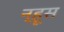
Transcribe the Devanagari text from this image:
न्हूस